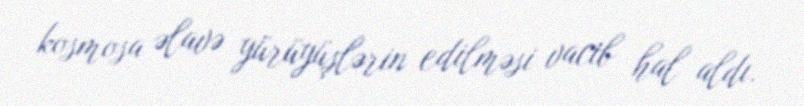
kosmosa əlavə yürüyüşlərin edilməsi vacib hal aldı.